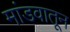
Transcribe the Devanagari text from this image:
मांडवातून